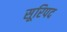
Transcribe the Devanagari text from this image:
सूरिपद